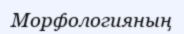
Морфологияның